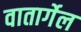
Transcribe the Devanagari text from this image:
वातार्गेल